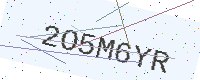
Text: 2O5M6YR